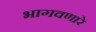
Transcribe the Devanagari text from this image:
भागवणारे